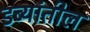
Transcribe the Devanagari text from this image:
डब्यांतील